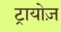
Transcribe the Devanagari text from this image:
ट्रायोज़